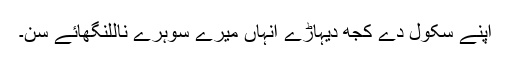
اپنے سکول دے کجھ دیہاڑے انہاں میرے سوہرے ناللنگھائے سن۔